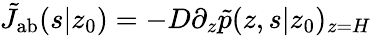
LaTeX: \tilde{J}_{\mathrm{{ab}}}(s|z_{0})=-D\partial_{z}\tilde{p}(z,s|z_{0})_{z=H}